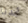
تجدنا